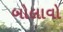
બોલાવો